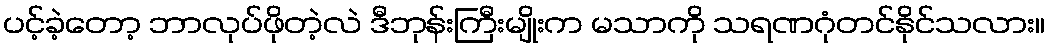
ပင့်ခဲ့တော့ ဘာလုပ်ဖိုတဲ့လဲ ဒီဘုန်းကြီးမျိုးက မသာကို သရဏဂုံတင်နိုင်သလား။